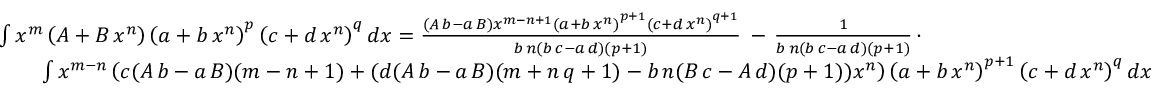
{ \begin{array} { r l } & { \int x ^ { m } \left( A + B \, x ^ { n } \right) \left( a + b \, x ^ { n } \right) ^ { p } \left( c + d \, x ^ { n } \right) ^ { q } d x = { \frac { ( A \, b - a \, B ) x ^ { m - n + 1 } \left( a + b \, x ^ { n } \right) ^ { p + 1 } \left( c + d \, x ^ { n } \right) ^ { q + 1 } } { b \, n ( b \, c - a \, d ) ( p + 1 ) } } \, - \, { \frac { 1 } { b \, n ( b \, c - a \, d ) ( p + 1 ) } } \, \cdot } \\ & { \qquad \int x ^ { m - n } \left( c ( A \, b - a \, B ) ( m - n + 1 ) + ( d ( A \, b - a \, B ) ( m + n \, q + 1 ) - b \, n ( B \, c - A \, d ) ( p + 1 ) ) x ^ { n } \right) \left( a + b \, x ^ { n } \right) ^ { p + 1 } \left( c + d \, x ^ { n } \right) ^ { q } d x } \end{array} }